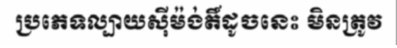
ប្រភេទល្បាយស៊ីម៉ង់តិ៍ដូចនេះ មិនត្រូវ